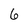
Character: 6